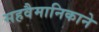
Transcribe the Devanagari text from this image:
सहवैमानिकाने